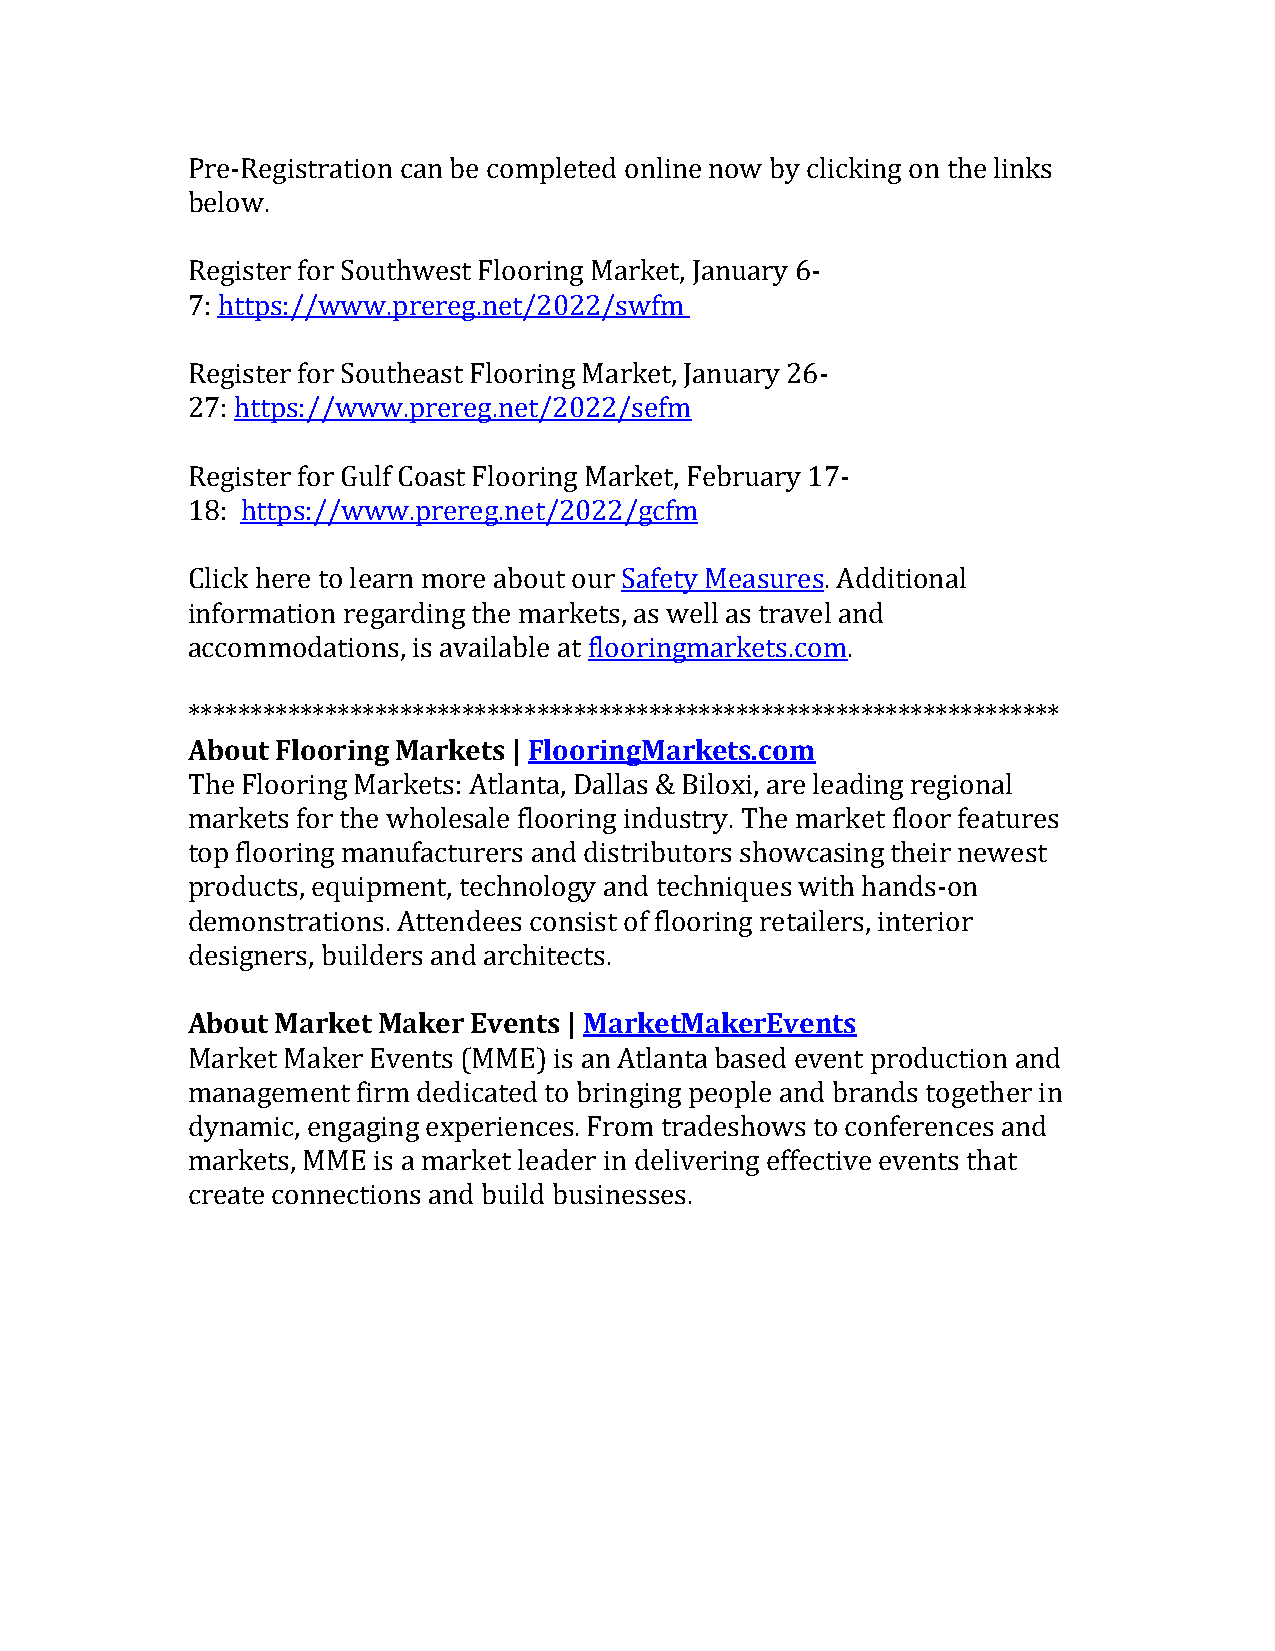
Pre-Registration can be completed online now by clicking on the links
 below.
 Register for Southwest Flooring Market, January 6-
 7: https://www.prereg.net/2022/swfm
 Register for Southeast Flooring Market, January 26-
 27: https://www.prereg.net/2022/sefm
 Register for Gulf Coast Flooring Market, February 17-
 18: https://www.prereg.net/2022/gcfm
 Click here to learn more about our Safety Measures. Additional
 information regarding the markets, as well as travel and
 accommodations, is available at flooringmarkets.com.
 **********************************************************************
 About Flooring Markets | FlooringMarkets.com
 The Flooring Markets: Atlanta, Dallas & Biloxi, are leading regional
 markets for the wholesale flooring industry. The market floor features
 top flooring manufacturers and distributors showcasing their newest
 products, equipment, technology and techniques with hands-on
 demonstrations. Attendees consist of flooring retailers, interior
 designers, builders and architects.
 About Market Maker Events | MarketMakerEvents
 Market Maker Events (MME) is an Atlanta based event production and
 management  firm dedicated to bringing people and brands together in
 dynamic, engaging experiences. From tradeshows to conferences and
 markets, MME is a market leader in delivering effective events that
 create connections and build businesses.